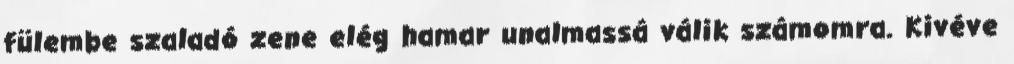
fülembe szaladó zene elég hamar unalmassá válik számomra. Kivéve